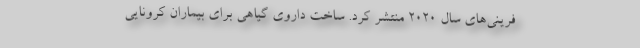
فرینی‌های سال ۲۰۲۰ منتشر کرد. ساخت داروی گیاهی برای بیماران کرونايي